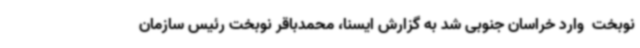
نوبخت  وارد خراسان جنوبی شد به گزارش ایسنا، محمدباقر نوبخت رئیس سازمان